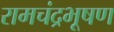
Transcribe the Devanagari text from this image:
रामचंद्रभूषण